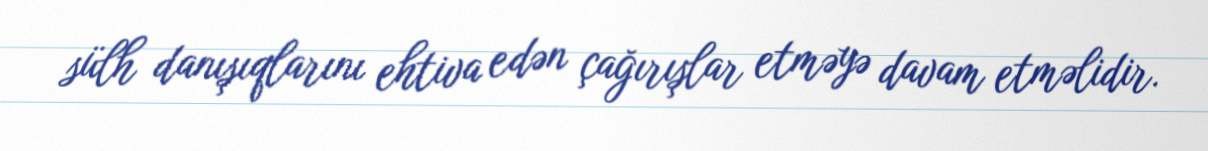
sülh danışıqlarını ehtiva edən çağırışlar etməyə davam etməlidir.